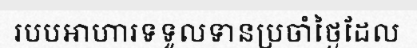
របបអាហារទទួលទានប្រចាំថ្ងៃដែល